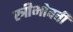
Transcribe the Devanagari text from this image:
स्त्रीभोवती